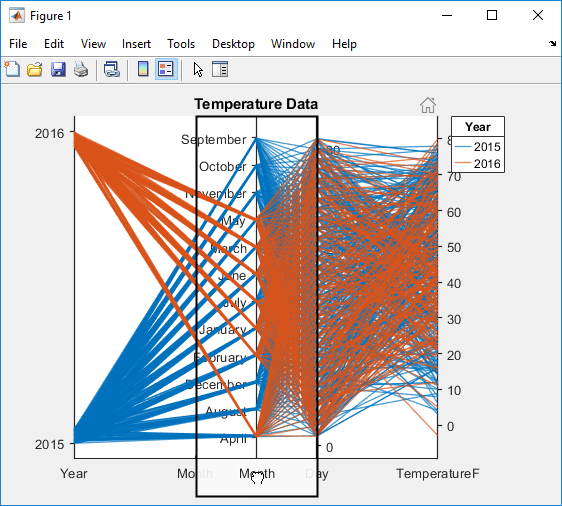
matlab, parallelplot